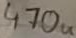
Text: 470u